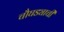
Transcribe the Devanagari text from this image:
चौघड्याची